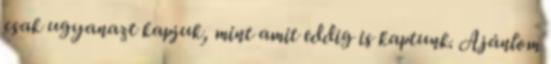
csak ugyanazt kapjuk, mint amit eddig is kaptunk. Ajánlom